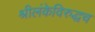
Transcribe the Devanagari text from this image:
श्रीलंकेविरुद्धच